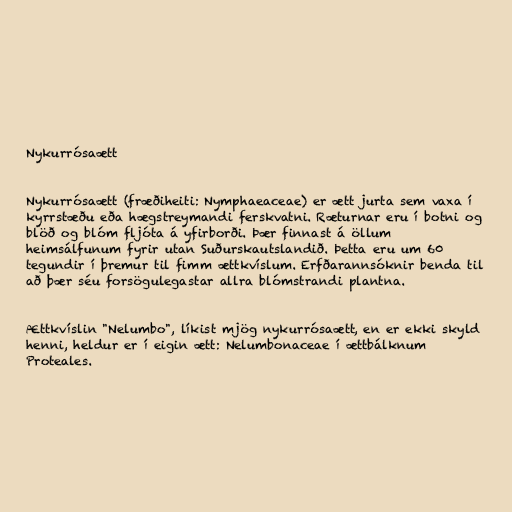
Nykurrósaætt

Nykurrósaætt (fræðiheiti: Nymphaeaceae) er ætt jurta sem vaxa í
kyrrstæðu eða hægstreymandi ferskvatni. Ræturnar eru í botni og
blöð og blóm fljóta á yfirborði. Þær finnast á öllum
heimsálfunum fyrir utan Suðurskautslandið. Þetta eru um 60
tegundir í þremur til fimm ættkvíslum. Erfðarannsóknir benda til
að þær séu forsögulegastar allra blómstrandi plantna.

Ættkvíslin "Nelumbo", líkist mjög nykurrósaætt, en er ekki skyld
henni, heldur er í eigin ætt: Nelumbonaceae í ættbálknum
Proteales.